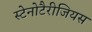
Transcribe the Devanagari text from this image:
स्टेनोटैरीजियस